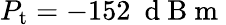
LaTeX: P_{\mathrm{t}}=-152\ \mathrm{~d~B~m~}